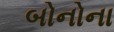
બોનોના